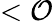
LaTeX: <\mathcal{O}